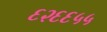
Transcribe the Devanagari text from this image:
६२६६५५